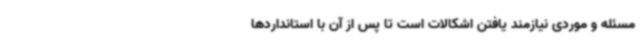
مسئله و موردی نیازمند یافتن اشکالات است تا پس از آن با استانداردها